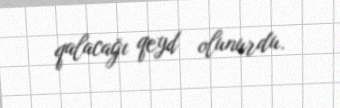
qalacağı qeyd olunurdu.